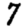
Digit: 7